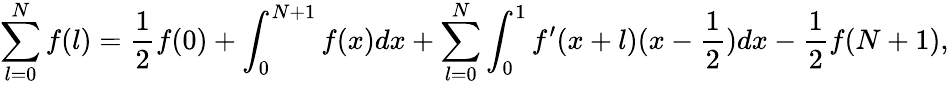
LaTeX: \sum_{l=0}^{N}f(l)=\frac{1}{2}f(0)+\int_{0}^{N+1}f(x)dx+\sum_{l=0}^{N}\int_{0}^{1}f^{\prime}(x+l)(x-\frac{1}{2})dx-\frac{1}{2}f(N+1),